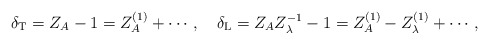
\begin{align*}\delta_{\rm T}=Z_A-1=Z_A^{(1)}+\cdots, \quad \delta_{\rm L}=Z_AZ_\lambda^{-1}-1=Z_A^{(1)}-Z_\lambda^{(1)}+\cdots ,\end{align*}